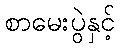
စာမေးပွဲနှင့်